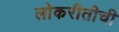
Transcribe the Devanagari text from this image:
लोकरीतीची